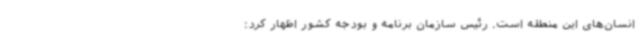
انسان‌های این منطقه است. رئیس سازمان برنامه و بودجه کشور اظهار کرد: